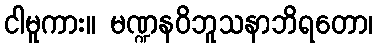
ငါမူကား။ မဏ္ဍနဝိဘူသနာဘိရတော၊